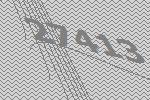
27413